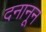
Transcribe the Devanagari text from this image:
दनानून